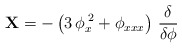
\begin{align*}{\bf X} = - \left( 3 \, \phi_x^{\;2} + \phi_{xxx} \right) \,\frac{\delta}{\delta \phi} \end{align*}